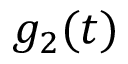
g _ { 2 } ( t )